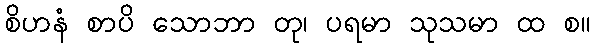
စိဟနံ စာပိ သောဘာ တု၊ ပရမာ သုသမာ ထ စ။